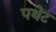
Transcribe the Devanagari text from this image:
पथेट